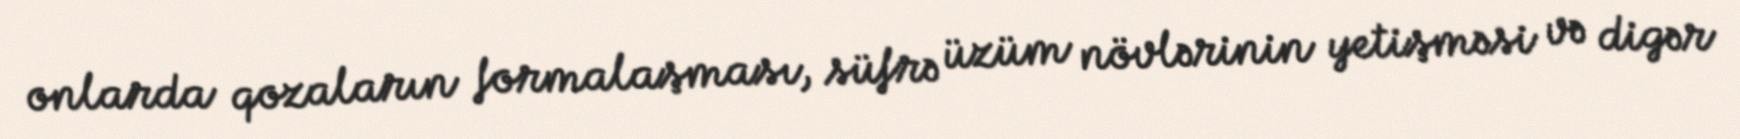
onlarda qozaların formalaşması, süfrə üzüm növlərinin yetişməsi və digər